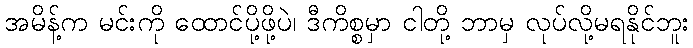
အမိန့်က မင်းကို ထောင်ပို့ဖို့ပဲ၊ ဒီကိစ္စမှာ ငါတို့ ဘာမှ လုပ်လို့မရနိုင်ဘူး